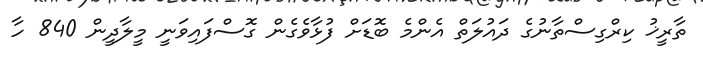
ތާރީޚު ކިރްގިސްތާނުގެ ދައުލަތް އެންމެ ބޮޑަށް ފުޅާވެގެން ގޮސްފައިވަނީ މީލާދީން 840 ހާ